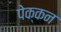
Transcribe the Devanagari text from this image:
पेक्कन